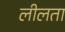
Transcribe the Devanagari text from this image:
लीलता